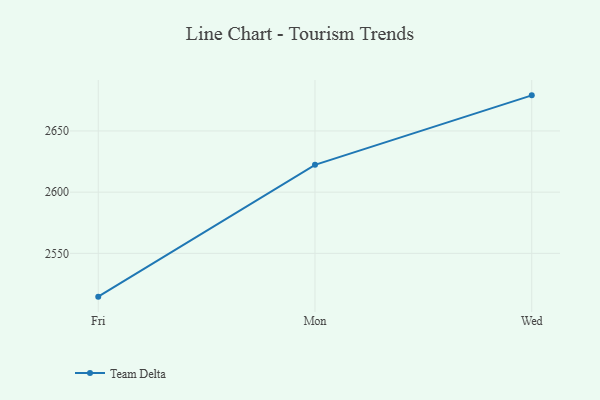
{"axis": {"x": "Day", "y": "Bounce Rate (%)"}, "legend": ["Team Delta"], "data": [{"x": "Fri", "y": 2514.6, "type": "Team Delta"}, {"x": "Mon", "y": 2622.3, "type": "Team Delta"}, {"x": "Wed", "y": 2679.1, "type": "Team Delta"}]}